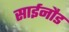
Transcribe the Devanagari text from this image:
साईनौड